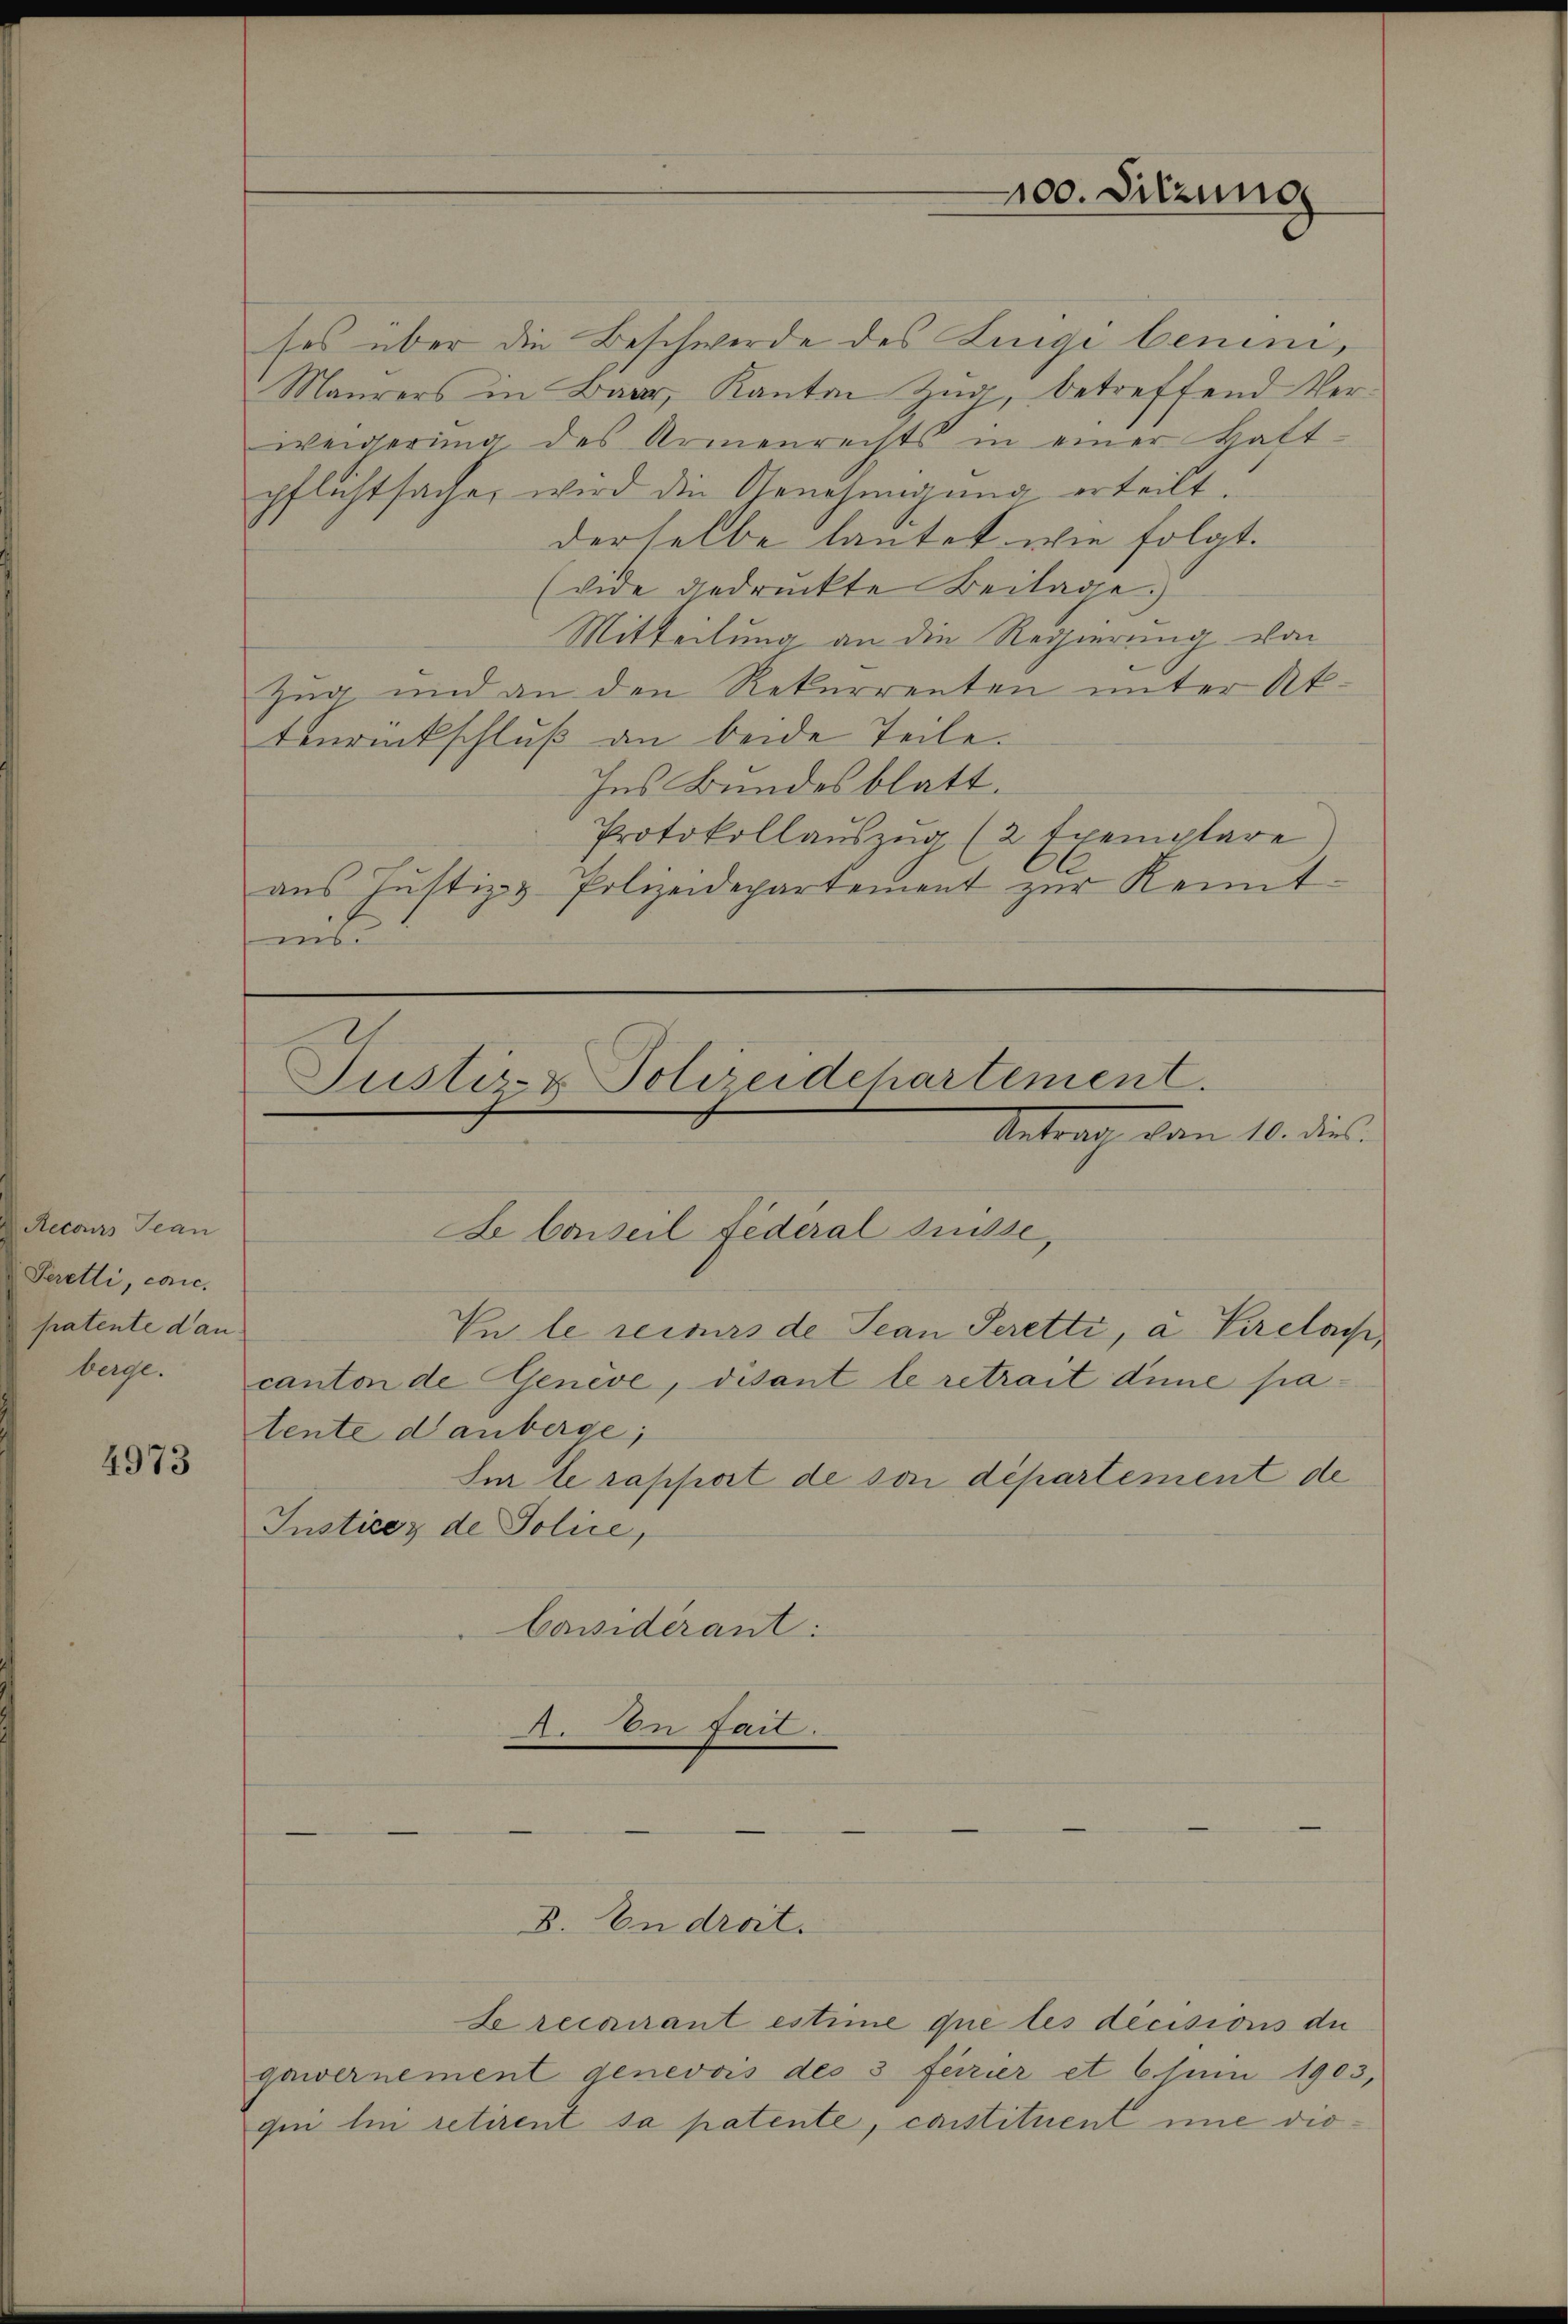
Recours Jean
Peretti, conc
patente dan
berge.

4973

ses über die Beschwerde des Luigi benini¬
Maurers in Baar, Kanton Zŭg betreffend Ver-
weigerung des Armenrechts in einer Haft-
pflichtsache, wird die Genehmigung erteilt.
derselbe lautet wie folgt.
(vide gedruckte Beilage.
Mitteilung an die Regierung von
Zug und an den Rekurrenten unter At¬
Zurückschluß an beide Teile.
Ins Bundesblatt.
Protokollaŭszŭg (2 Exemplare)
aus Justiz & Polizeidepartement zur Kenntm

De Conseil fédéral Grüsse,
In le recours de Jean Seretti, à Pirelach,
canton de Geneve, disant le retrait dine patente danberge;
Im le rapport de son département de
Insticez de Police,
bassiderant:
A. In fait.

Justiz- & Polizeidchartement.
Antrach dann 10. dies

gawernement genevois des 3 ferier et 6 Juin 1903,
gen lui retirent sa patente, constituent nie die¬

B. In droit.

Le recurant estime que les decisions du

100. Sitzung